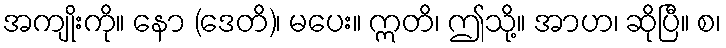
အကျိုးကို။ နော (ဒေတိ)၊ မပေး။ ဣတိ၊ ဤသို့။ အာဟ၊ ဆိုပြီ။ စ၊